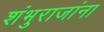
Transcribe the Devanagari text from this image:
शंभुराजांना